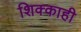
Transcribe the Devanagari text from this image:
शिक्काही